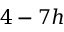
4 - 7 h